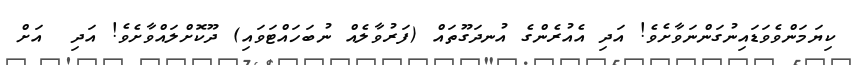
ކިޔަމަންވެވަޑައިނުގަންނަވާށެވެ! އަދި އެއުރެންގެ އުނދަގޫތައް (ފަރުވާލެއް ނުބަހައްޓަވައި) ދޫކޮށްލައްވާށެވެ! އަދި  އަށް